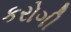
કરોગી